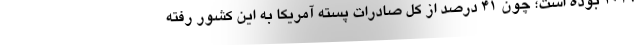
2019 بوده است؛ ‌چون 41 درصد از کل صادرات پسته آمریکا به این کشور رفته